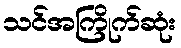
သင်အကြိုက်ဆုံး